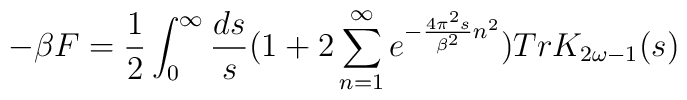
-\beta F={1 \over 2}\int_{0}^{\infty}{ds \over s}(1+2\sum_{n=1}^{\infty} e^{-{4\pi^{2} s \over \beta^{2}} n^2}) Tr K_{2\omega-1}(s)